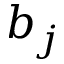
b _ { j }